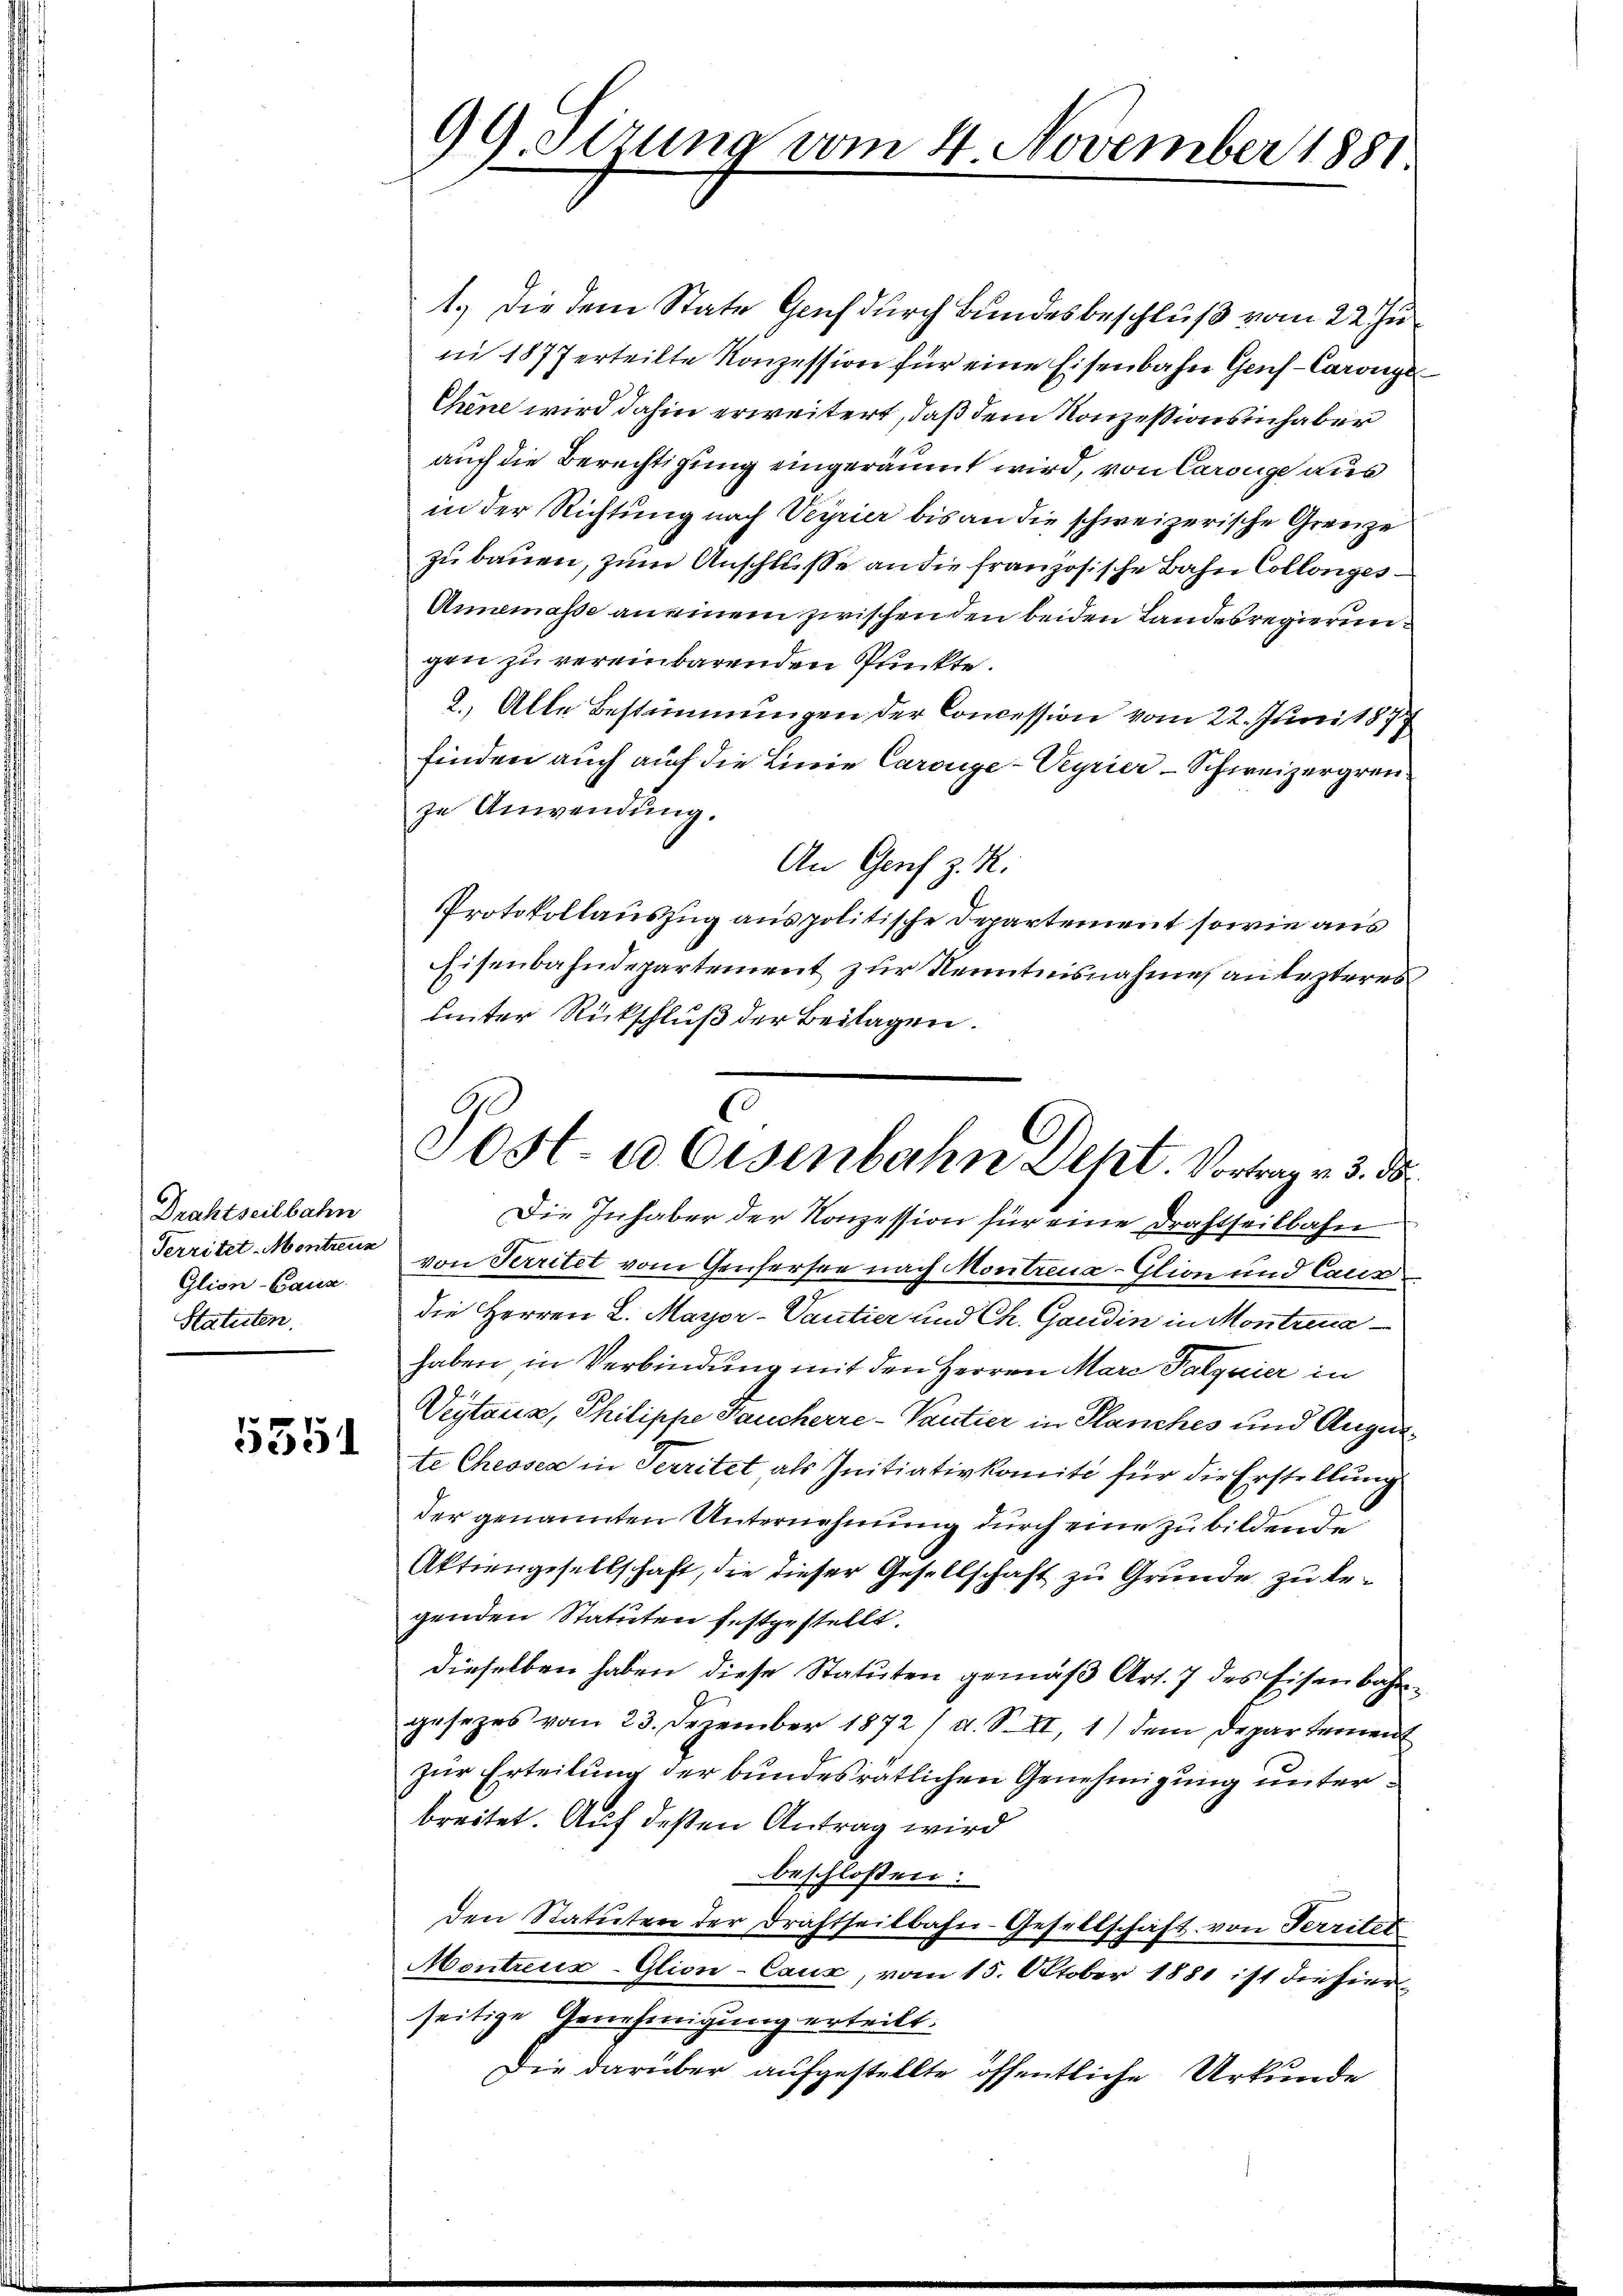
Drahtseitbahn
Territet-Montreun
Glion-Canz
Statuten.

5351

99. Sirung vom 4. November 1881

1.) Die dem State Genf durch Bundesbeschluß vom 22. Ju
ni 1877 erteilte Konzession für eine Eisenbahn Genf - Caronge
Chene wird dahin erweitert, daß dem Konzessionsinhaber
auch die Berechtigung eingeräumt wird, von Carouge aus
in der Richtung nach Veyrier bis an die schweizerische Grenze
zu bauen, zum Anschlusse an die französische Bahn Collonges
Annemasse an einem zwischenden beiden Landesregierung
gen zu vereinbarenden Plückte.
2.) Alle Bestimmungen der Concession vom 22. Juni 1877
finden auch auf die Linie Carouge-Veyrier-Schweizergrenze Anwendung.
An Genf z. R.
Protokollauszug aus politische Departement sowie aus
Eisenbahndepartement zur Kenntnisnahme an lezteres
Lnter Rückschluß der Beilagen.
Die Inhaber der Konzession für eine Drahtheilbahn
von Territet vom Genfersee nach Montreua-Glion und Caus
die Herren L. Mayor-Vantier und Ch. Gandin in Montrina
haben in Verbindung mit den Herren Mare Palquier in
Veytana, Philippe Haucherre-Pantier in Planches und Augente Chesser in Territet als Initiativkomité für die Erstellung
der genannten Unternehmung durch eine zu bildende
Aktiengesellschaft, die dieser Gesellschaft zu Grunde zu begenden Statuten festgestellt.
dieselben haben diese Statuten gemäß Art. 7 des Eisenbahngesezes vom 23. Dezember 1872 /d. S. II, 1) dem Departement
zur Erteilung der bundesratlichen Genehmigung unterbreitet. Auf deßen Antrag wird
beschlossen:
den Statuten der Drahtseitbahn-Gesellschaft von Territet
Montreux-Glion-Caux, vom 15. Oktober 1881 ist die hierseitige Genehmigung erteilt.
Die darüber aufgestellte öffentliche Urkunde

Post- u Eisenbahn Deht. Vortrag v. 3. ds.